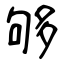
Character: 够